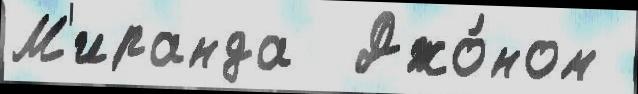
М'иранда  Джо́ном